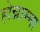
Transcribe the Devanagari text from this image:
होन्नाम्मा